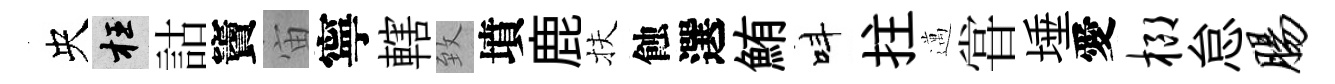
央枉詁竇宙寧轄致墳鹿扶蝕選鮪呌拄邁甞埵愛榔怠肠